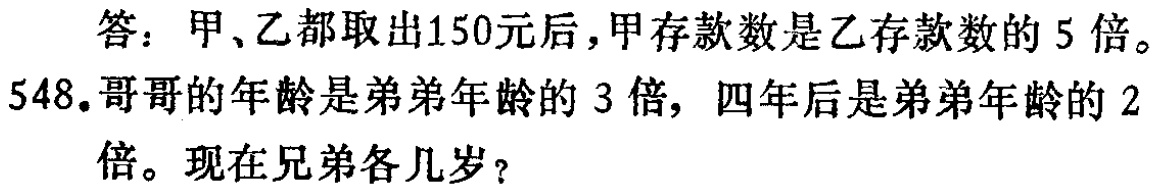
答：甲、乙都取出150元后，甲存款数是乙存款数的 5 倍。

548.哥哥的年龄是弟弟年龄的 3 倍，四年后是弟弟年龄的 2 倍。现在兄弟各几岁？